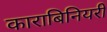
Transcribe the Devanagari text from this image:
काराबिनियरी